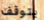
يتوقف